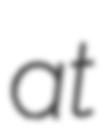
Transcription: at